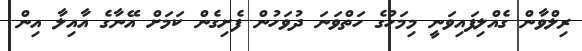
ރިލްވާން ގެއްލިފައިވަނީ މިމަހުގެ ހަތްވަނަ ދުވަހުން ފެށިގެން ކަމަށް އޭނާގެ އާއިލާ އިން